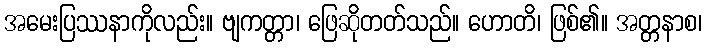
အမေးပြဿနာကိုလည်း။ ဗျကတ္တာ၊ ဖြေဆိုတတ်သည်။ ဟောတိ၊ ဖြစ်၏။ အတ္တနာစ၊